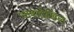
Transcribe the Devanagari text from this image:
भाषादेखिल